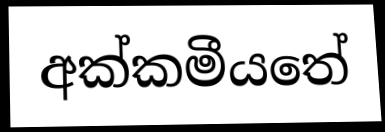
අක්කමීයතේ